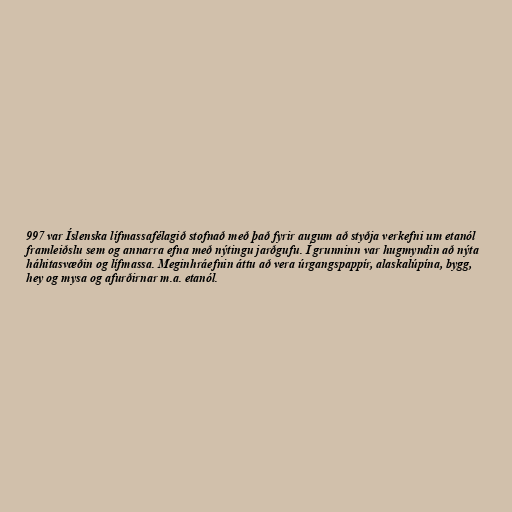
997 var Íslenska lífmassafélagið stofnað með það fyrir augum að styðja verkefni um etanól
framleiðslu sem og annarra efna með nýtingu jarðgufu. Í grunninn var hugmyndin að nýta
háhitasvæðin og lífmassa. Meginhráefnin áttu að vera úrgangspappír, alaskalúpína, bygg,
hey og mysa og afurðirnar m.a. etanól.